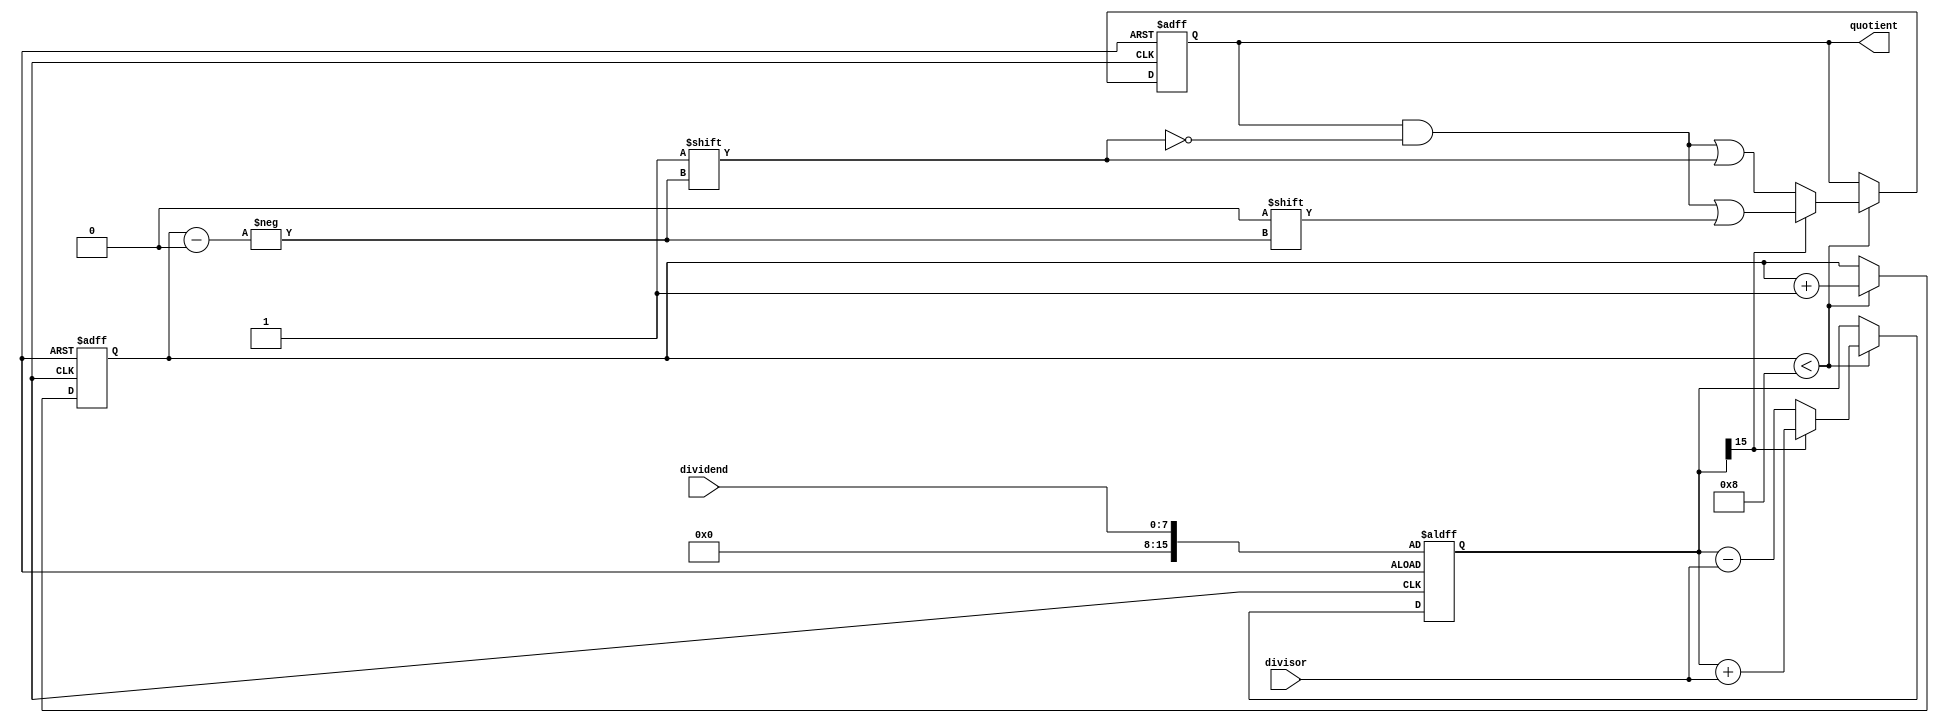
module non_restoring_divider(
    input wire [7:0] dividend,
    input wire [7:0] divisor,
    output reg [7:0] quotient
);

reg signed [15:0] remainder;
reg [3:0] counter;

always @(posedge clk or negedge rst) begin
    if (!rst) begin
        remainder <= {8'b0, dividend};
        quotient <= 8'd0;
        counter <= 4'd0;
    end else begin
        if (counter < 4'd8) begin
            remainder <= remainder - divisor;
            if (remainder[15] == 1) begin
                remainder <= remainder + divisor;
                quotient[counter] <= 1'b0;
            end else begin
                quotient[counter] <= 1'b1;
            end
            counter <= counter + 1;
        end
    end
end

endmodule